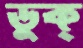
ডুক্‌